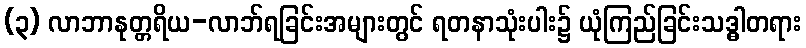
(၃) လာဘာနုတ္တရိယ-လာဘ်ရခြင်းအများတွင် ရတနာသုံးပါး၌ ယုံကြည်ခြင်းသဒ္ဓါတရား